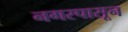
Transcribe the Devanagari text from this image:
नगरपासून